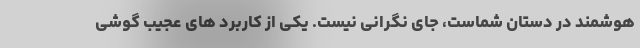
هوشمند در دستان شماست، جای نگرانی نیست. یکی از کاربرد های عجیب گوشی